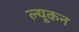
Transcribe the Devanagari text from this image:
ल्यूकन